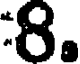
8.